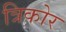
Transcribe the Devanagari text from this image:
त्रिकोर